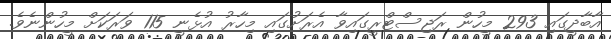
އާބާދީގައި 293 މީހުން ރަޖިސްޓްރީގައިވާ އެރަށުގައި މިހާރު އުޅެނީ 115 ވަރަކަށް މީހުންނެވެ.